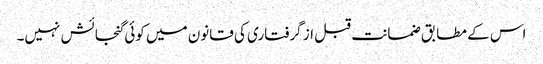
اس کے مطابق ضمانت قبل از گرفتاری کی قانون میں کوئی گنجائش نہیں۔